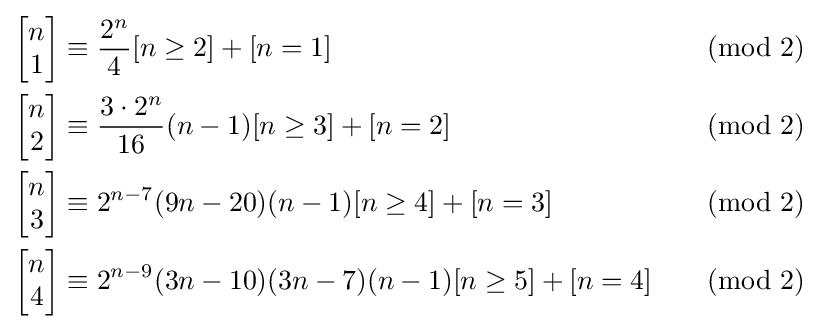
{\begin{aligned}\left[{\begin{matrix}n\\1\end{matrix}}\right]&\equiv {\frac {2^{n}}{4}}[n\geq 2]+[n=1]&&{\pmod {2}}\\\left[{\begin{matrix}n\\2\end{matrix}}\right]&\equiv {\frac {3\cdot 2^{n}}{16}}(n-1)[n\geq 3]+[n=2]&&{\pmod {2}}\\\left[{\begin{matrix}n\\3\end{matrix}}\right]&\equiv 2^{n-7}(9n-20)(n-1)[n\geq 4]+[n=3]&&{\pmod {2}}\\\left[{\begin{matrix}n\\4\end{matrix}}\right]&\equiv 2^{n-9}(3n-10)(3n-7)(n-1)[n\geq 5]+[n=4]&&{\pmod {2}}\end{aligned}}